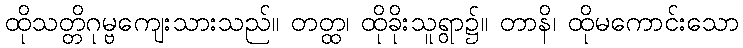
ထိုသတ္တိဂုမ္ဗကျေးသားသည်။ တတ္ထ၊ ထိုခိုးသူရွာ၌။ တာနိ၊ ထိုမကောင်းသော